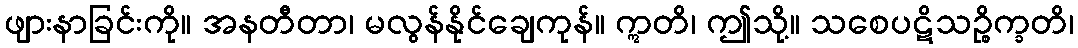
ဖျားနာခြင်းကို။ အနတီတာ၊ မလွန်နိုင်ချေကုန်။ ဣတိ၊ ဤသို့။ သစေပဋိသဉ္စိက္ခတိ၊